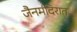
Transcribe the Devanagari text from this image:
जैनमंदिरात